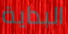
البداية